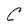
Character: C